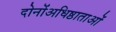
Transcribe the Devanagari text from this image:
दोनोंअधिष्ठाताओं